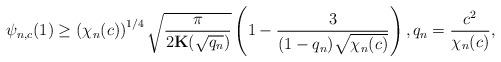
LaTeX: \begin{align*} \psi_{n,c}(1) \geq \left(\chi_n(c)\right)^{1/4}\sqrt{\frac{\pi}{2 \mathbf K(\sqrt{q_n})}}\left(1-\frac{3}{(1-q_n) \sqrt{\chi_n(c)}}\right),q_n= \frac{c^2}{\chi_n(c)}, \end{align*}